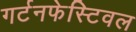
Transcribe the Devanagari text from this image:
गर्टनफेस्टिवल